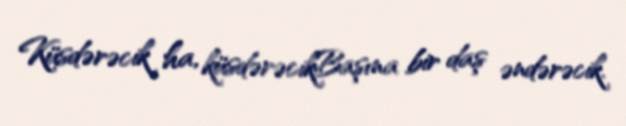
Küsdərəcik ha, küsdərəcikBaşına bir daş əndərəcik.